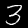
Digit: 3